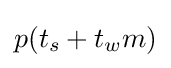
p(t_{s}+t_{w}m)